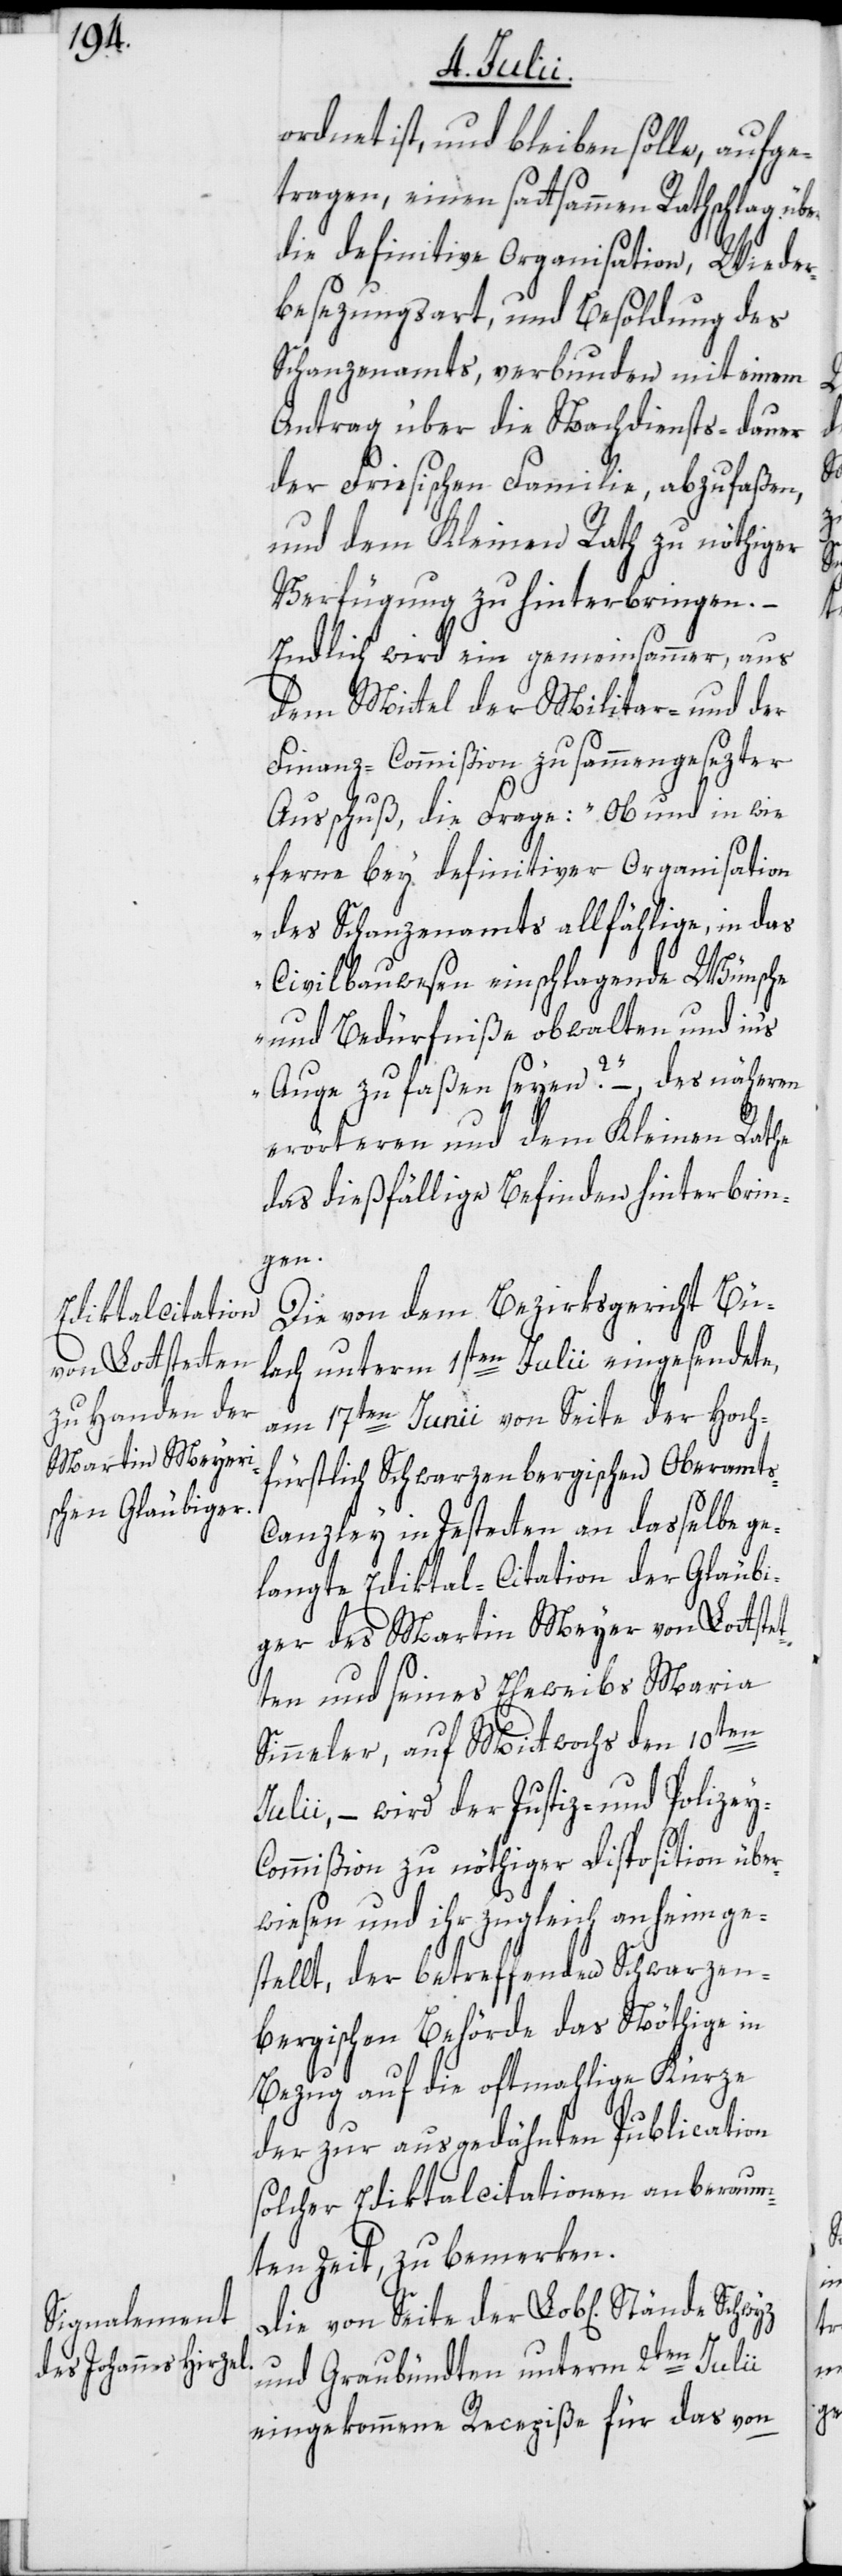
y-C¬

ordnet ist, und bleiben solle, aufge¬
tragen, einen sattsammen Rathschlag über
die definitive Organisation, Wieder¬
besezungsart, und Besoldung des
Schanzenamts, verbunden mit einem
Antrag über die Nachdiensts-Dauer
der Friesischen Familie, abzufaßen,
und dem Kleinen Rath zu nöthiger
Verfügung zu hinterbringen. –
Endlich wird ein gemeinsammer, aus
dem Mittel der Militar- und der
Finanz-Commißion zusammengesezter
Ausschuß, die Frage: „Ob und in wie
ferne bey definitiver Organisation
des Schanzenamts allfählige, in das
Civilbauwesen einschlagende Wünsche
und Bedürfniße obwalten und in‘s
Auge zu faßen seyen?“ –, des näheren
erörteren und dem Kleinen Rathe
das dießfällige Befinden hinterbrin¬
gen.
Die von dem Bezirksgericht Bü¬
lach unterm 1sten Julii eingesendete,
am 17ten Junii von Seite der Hoch¬
fürstlich Schwarzenbergischen Oberamt¬
s-Canzley in Jestetten an dasselbe ge¬
langte Ediktal-Citation der Gläubi¬
ger des Martin Meyer von Lottstet¬
ten und seines Eheweibs Maria
Sinneler, auf Mittwochs den 10ten
Julii, – wird der Justiz- und Polize¬
ommißion zu nöthiger Disposition über¬
wiesen und ihr zugleich anheimge¬
stellt, der betreffenden Schwarzen¬
bergischen Behörde das Nöthige in
Bezug auf die oftmahlige Kürze
der zur ausgedähnten Publication
solcher Ediktalcitationen anberaum¬
ten Zeit, zu bemerken.
Die von Seite der Lob[lichen] Stände
und Graubündten unterm 2ten Julii
eingekommene Recepiße für das von